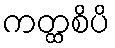
ကတ္ထစိပိ